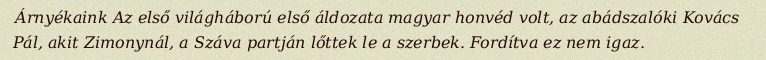
Árnyékaink Az első világháború első áldozata magyar honvéd volt, az abádszalóki Kovács Pál, akit Zimonynál, a Száva partján lőttek le a szerbek. Fordítva ez nem igaz.